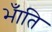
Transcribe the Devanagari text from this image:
भँाति